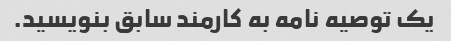
یک توصیه نامه به کارمند سابق بنویسید.